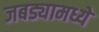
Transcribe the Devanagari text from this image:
जबड्यामध्ये